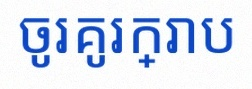
ចូរគូរក្រាប